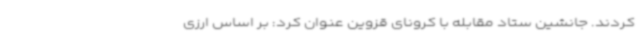
کردند. جانشین ستاد مقابله با کرونای قزوین عنوان کرد: بر اساس ارزی